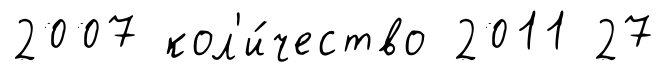
2007 кол'и́чество 2011 27